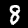
Digit: 8